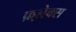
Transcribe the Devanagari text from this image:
फ़्लेक्स